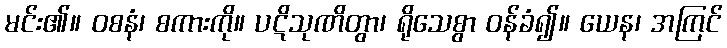
မင်း၏။ ဝစနံ၊ စကားကို။ ပဋိသုဏိတွာ၊ ရိုသေစွာ ဝန်ခံ၍။ ယေန၊ အကြင်